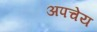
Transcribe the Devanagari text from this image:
अपचेय